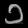
Digit: ၁